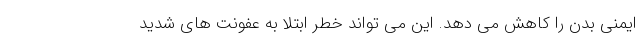
ایمنی بدن را کاهش می دهد. این می تواند خطر ابتلا به عفونت های شدید